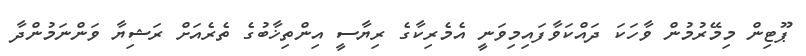
ޕޫޓިން މިމޭރުމުން ވާހަކަ ދައްކަވާފައިމިވަނީ އެމެރިކާގެ ރިޔާސީ އިންތިޚާބުގެ ތެރެއަށް ރަޝިޔާ ވަންނަމުންދާ